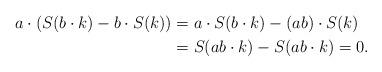
LaTeX: \begin{align*}a\cdot(S(b\cdot k)-b\cdot S(k))&=a\cdot S(b\cdot k)-(ab)\cdot S(k)\\&=S(ab\cdot k)-S(ab\cdot k)=0.\end{align*}